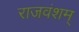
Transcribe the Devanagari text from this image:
राजवंशम्